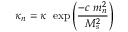
\kappa _ { n } = \kappa ~ \exp \left( \frac { - c ~ m _ { n } ^ { 2 } } { M _ { s } ^ { 2 } } \right)